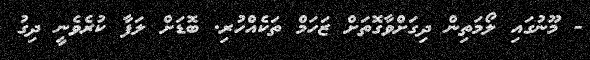
- މޫނުގައި ލޯމަތިން ދިގަށްވާގޮތަށް ޒަހަމް ތަކެއްހުރި. ބޮޑަށް ލަފާ ކުރެވެނީ ދިގު